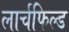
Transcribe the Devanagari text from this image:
लार्चफिल्ड